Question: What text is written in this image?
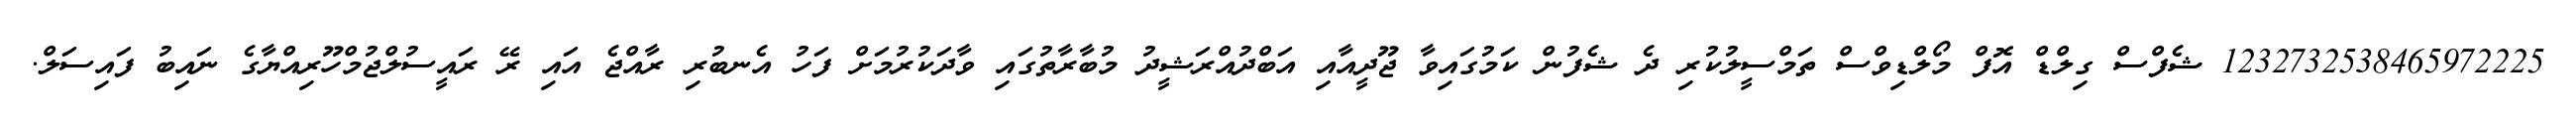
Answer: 1232732538465972225 ޝެފްސް ގިލްޑް އޮފް މޯލްޑިވްސް ތަމްސީލުކުރި ދެ ޝެފުން ކަމުގައިވާ ޖޫދީއާއި އަބްދުއްރަޝީދު މުބާރާތުގައި ވާދަކުރުމަށް ފަހު އެނބުރި ރާއްޖެ އައި ރޭ ރައީސުލްޖުމްހޫރިއްޔާގެ ނައިބު ފައިސަލް.